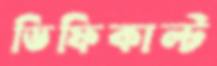
ডিফিকাল্ট